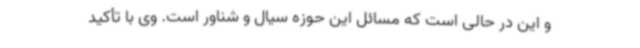
و این در حالی است که مسائل این حوزه سیال و شناور است. وی با تأکید